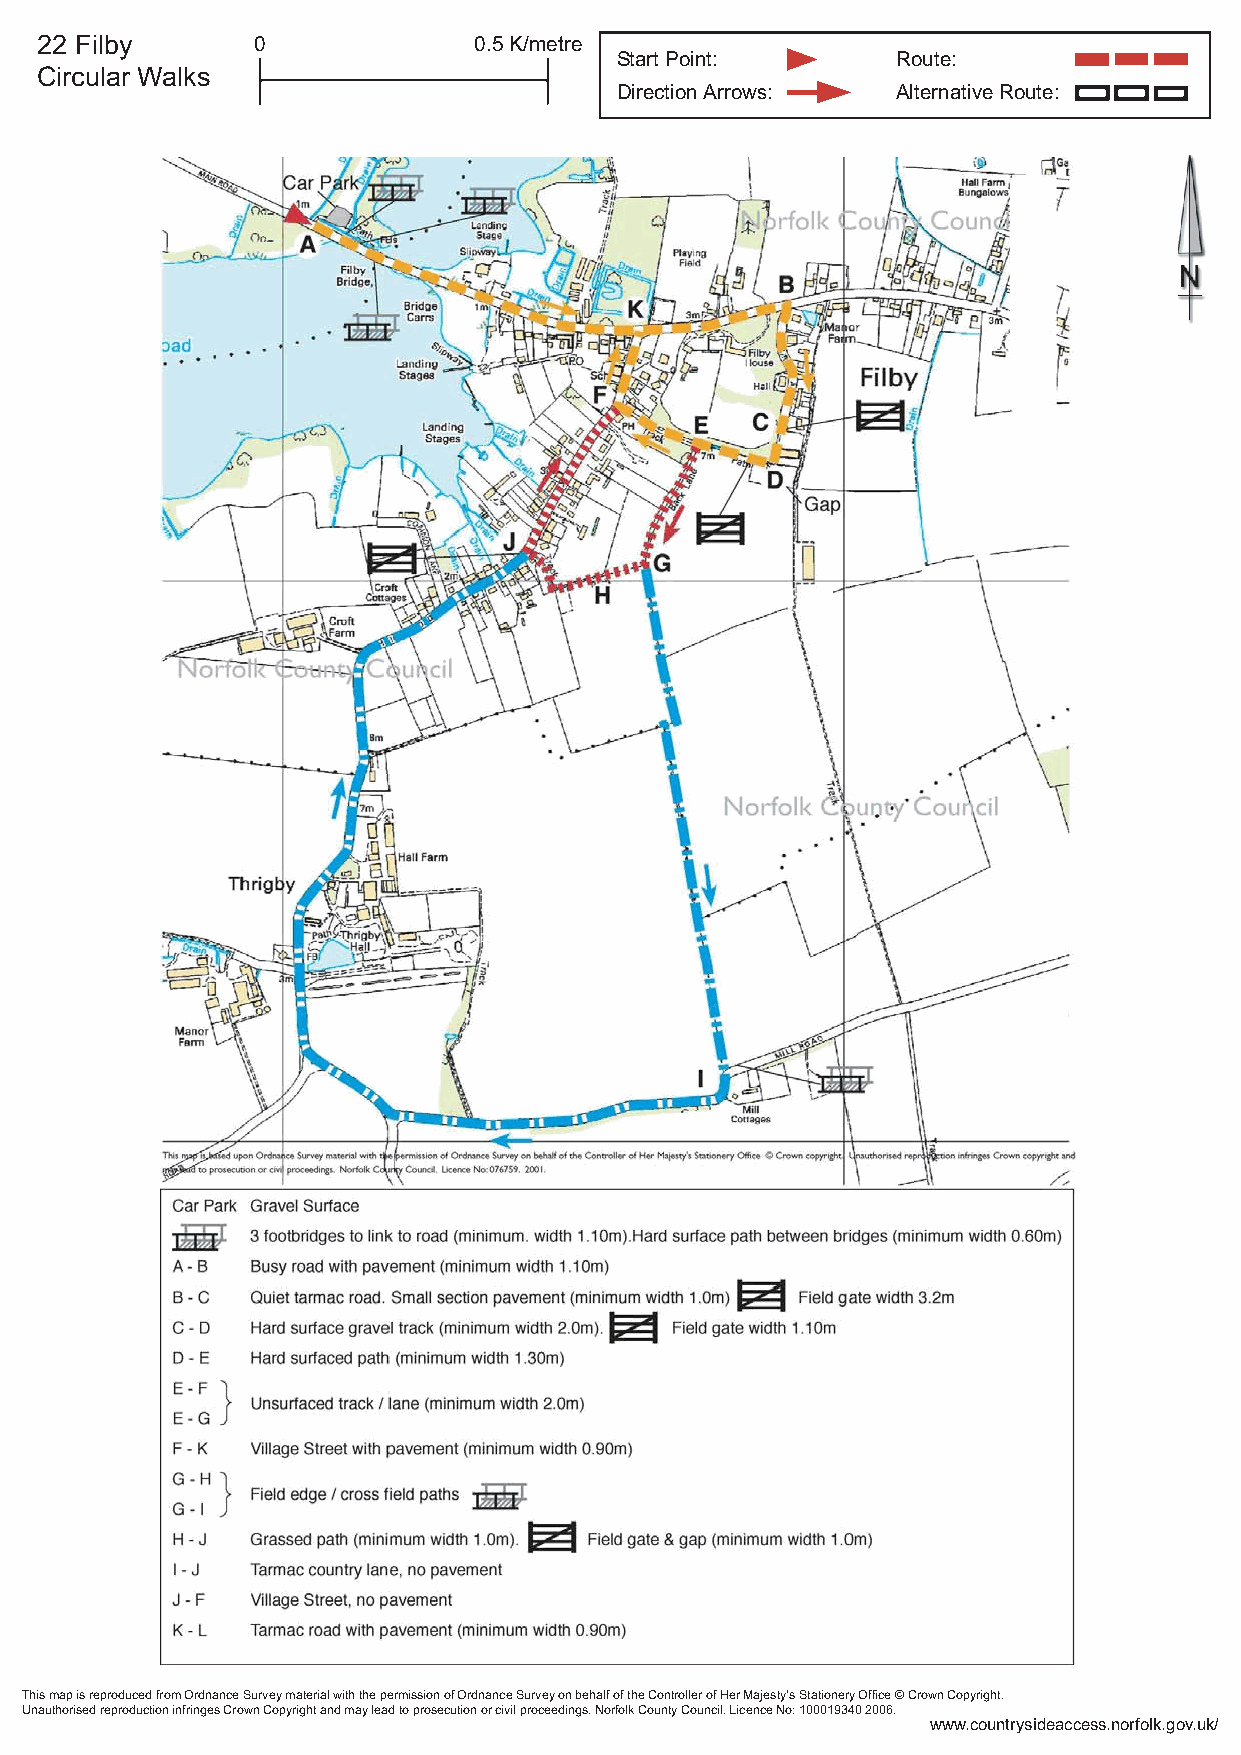
22 Filby       0             0.5 K/metre
 Start Point:      Route:
 Circular Walks
 Direction Arrows: Alternative Route:
 This map is reproduced from Ordnance Survey material with the permission of Ordnance Survey on behalf of the Controller of Her Majesty’s Stationery Office © Crown Copyright.
 Unauthorised reproduction infringes Crown Copyright and may lead to prosecution or civil proceedings. Norfolk County Council. Licence No: 100019340 2006.
 www.countrysideaccess.norfolk.gov.uk/